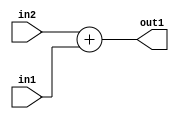
`timescale 1ps / 1ps
/*****************************************************************************
    Verilog RTL Description
    
    
    Created by: Stratus DpOpt 2019.1.01 
*******************************************************************************/

module DC_Filter_Add_12Ux12U_12U_4 (
	in2,
	in1,
	out1
	); /* architecture "behavioural" */ 
input [11:0] in2,
	in1;
output [11:0] out1;
wire [11:0] asc001;

assign asc001 = 
	+(in2)
	+(in1);

assign out1 = asc001;
endmodule

/* CADENCE  urnyTQo= : u9/ySgnWtBlWxVPRXgAZ4Og= ** DO NOT EDIT THIS LINE ******/